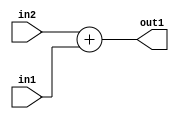
`timescale 1ps / 1ps
/*****************************************************************************
    Verilog RTL Description
    
    
    Created by: Stratus DpOpt 2019.1.01 
*******************************************************************************/

module DC_Filter_Add_12Ux12U_12U_4 (
	in2,
	in1,
	out1
	); /* architecture "behavioural" */ 
input [11:0] in2,
	in1;
output [11:0] out1;
wire [11:0] asc001;

assign asc001 = 
	+(in2)
	+(in1);

assign out1 = asc001;
endmodule

/* CADENCE  urnyTQo= : u9/ySgnWtBlWxVPRXgAZ4Og= ** DO NOT EDIT THIS LINE ******/